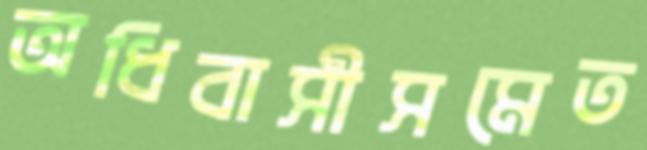
অধিবাসীসমেত